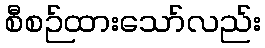
စီစဉ်ထားသော်လည်း